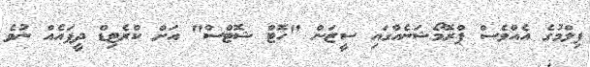
ފިލްމުގެ އެއްވެސް ޕްރޮމޯޝަނެއްގައި ސީޒަން "ހޮޓް ޝޮޓްސް" އަށް ކްރެޓިޑް ދީފައެއް ނުވެ